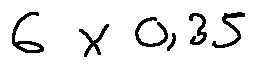
6 \times 0 , 3 5